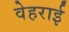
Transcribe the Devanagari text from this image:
वेहराई